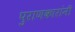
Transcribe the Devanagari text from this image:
पुराणकारांनी